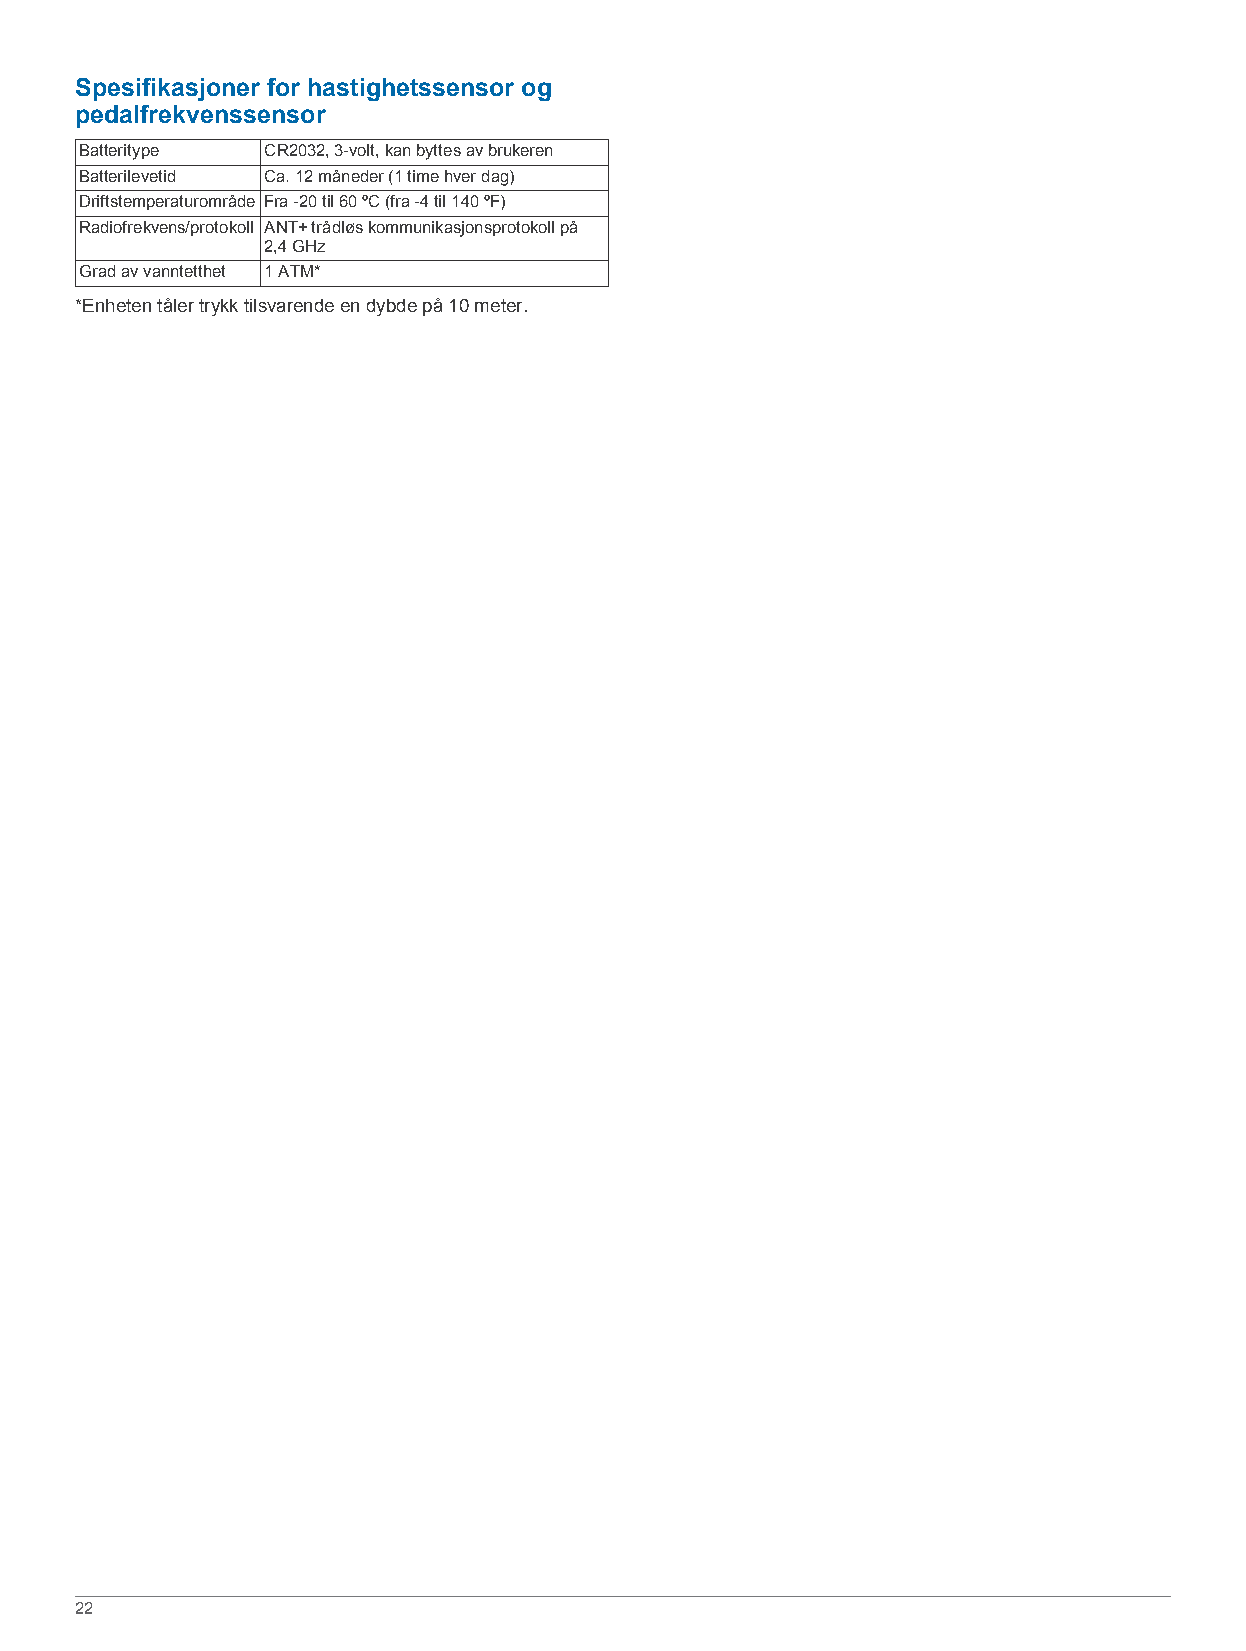
Spesifikasjoner for hastighetssensor og
 pedalfrekvenssensor
 Batteritype CR2032, 3-volt, kan byttes av brukeren
 Batterilevetid Ca. 12 måneder (1 time hver dag)
 Driftstemperaturområde Fra -20 til 60 ºC (fra -4 til 140 ºF)
 Radiofrekvens/protokoll ANT+ trådløs kommunikasjonsprotokoll på
 2,4 GHz
 Grad av vanntetthet 1 ATM*
 *Enheten tåler trykk tilsvarende en dybde på 10 meter.
 22